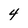
Character: 4